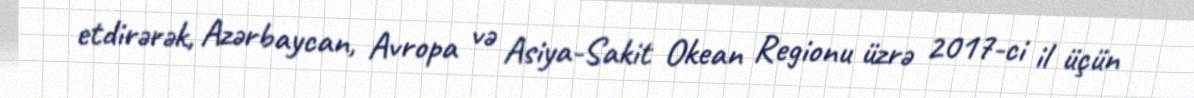
etdirərək, Azərbaycan, Avropa və Asiya-Sakit Okean Regionu üzrə 2017-ci il üçün